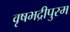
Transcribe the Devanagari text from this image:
वृषभद्रीपुरम